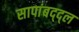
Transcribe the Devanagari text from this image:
सापांबद्द्ल